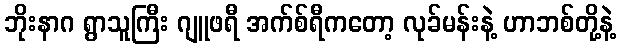
ဘိုးနာဂ ရွာသူကြီး ဂျူဖရီ အက်စ်ရီကတော့ လုခ်မန်းနဲ့ ဟာဘစ်တို့နဲ့